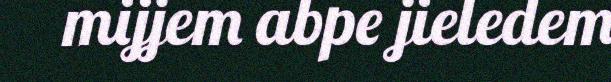
mijjem abpe jieledem